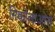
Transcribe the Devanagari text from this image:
निकोलाओस